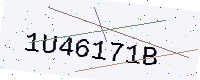
Text: 1U46171B